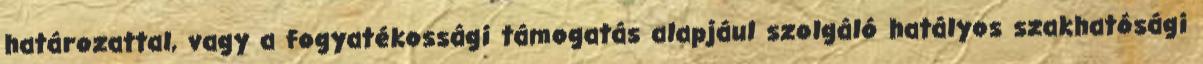
határozattal, vagy a fogyatékossági támogatás alapjául szolgáló hatályos szakhatósági